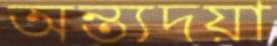
অন্ত্যদয়া